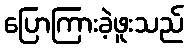
ပြောကြားခဲ့ဖူးသည်